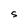
Character: S